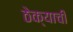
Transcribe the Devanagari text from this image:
ठेक्याची